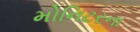
મોનિટરના